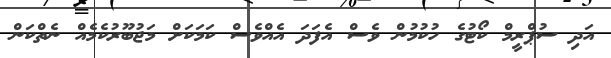
އަދި ސުޕްރީމް ކޯޓުގެ ހުކުމުން ވެސް އެފަދަ އެއްވެސް ކަމަކަށް މަޖުބޫރުކެމެއް ނެތްކަން